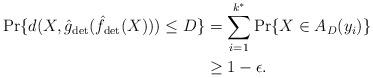
LaTeX: \begin{align*}\Pr \{ d(X, \hat{g}_{\rm det} (\hat{f}_{\rm det} (X))) \leq D \} & = \sum^{k^{*}}_{i=1} \Pr \{ X \in A_{D} (y_i) \} \\& \ge 1-\epsilon.\end{align*}